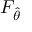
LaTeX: F _ { \hat { \theta } }